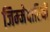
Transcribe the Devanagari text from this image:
जिम्‍मेदारियों